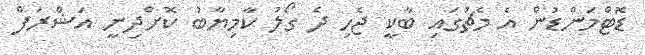
ޑޮޓްމަންޑުން އެ މެޗުގައި ބާކީ ޖެހި ދެ ގޯލު ކާމިޔާބު ކޮށްދިނީ އަޝްރަފް